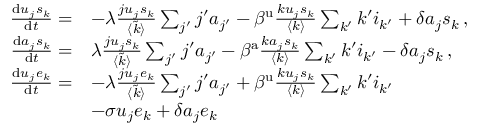
\begin{array} { r l } { \frac { \mathrm { d } u _ { j } s _ { k } } { \mathrm { d } t } = } & { - \lambda \frac { j u _ { j } s _ { k } } { \langle \tilde { k } \rangle } \sum _ { j ^ { \prime } } j ^ { \prime } a _ { j ^ { \prime } } - \beta ^ { \mathrm { u } } \frac { k u _ { j } s _ { k } } { \langle k \rangle } \sum _ { k ^ { \prime } } k ^ { \prime } i _ { k ^ { \prime } } + \delta a _ { j } s _ { k } \, , } \\ { \frac { \mathrm { d } a _ { j } s _ { k } } { \mathrm { d } t } = } & { \lambda \frac { j u _ { j } s _ { k } } { \langle \tilde { k } \rangle } \sum _ { j ^ { \prime } } j ^ { \prime } a _ { j ^ { \prime } } - \beta ^ { \mathrm { a } } \frac { k a _ { j } s _ { k } } { \langle k \rangle } \sum _ { k ^ { \prime } } k ^ { \prime } i _ { k ^ { \prime } } - \delta a _ { j } s _ { k } \, , } \\ { \frac { \mathrm { d } u _ { j } e _ { k } } { \mathrm { d } t } = } & { - \lambda \frac { j u _ { j } e _ { k } } { \langle \tilde { k } \rangle } \sum _ { j ^ { \prime } } j ^ { \prime } a _ { j ^ { \prime } } + \beta ^ { \mathrm { u } } \frac { k u _ { j } s _ { k } } { \langle k \rangle } \sum _ { k ^ { \prime } } k ^ { \prime } i _ { k ^ { \prime } } } \\ { \: } & { - \sigma u _ { j } e _ { k } + \delta a _ { j } e _ { k } \, } \end{array}